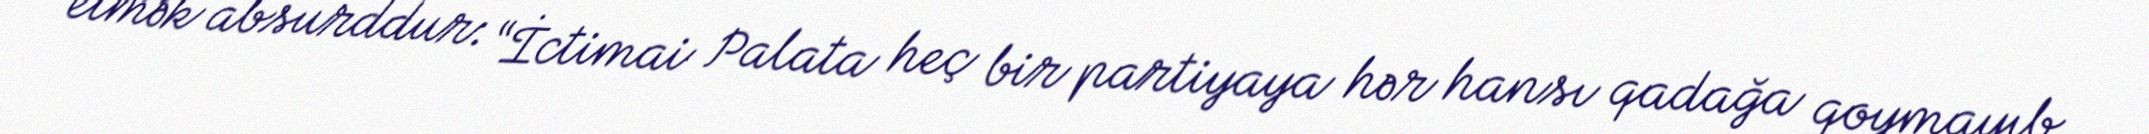
etmək absurddur: “İctimai Palata heç bir partiyaya hər hansı qadağa qoymayıb.